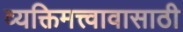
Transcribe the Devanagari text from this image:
व्यक्तिमत्त्वावासाठी